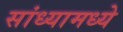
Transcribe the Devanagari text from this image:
सांध्यामध्ये